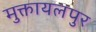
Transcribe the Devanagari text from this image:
मुक्तायलपुर